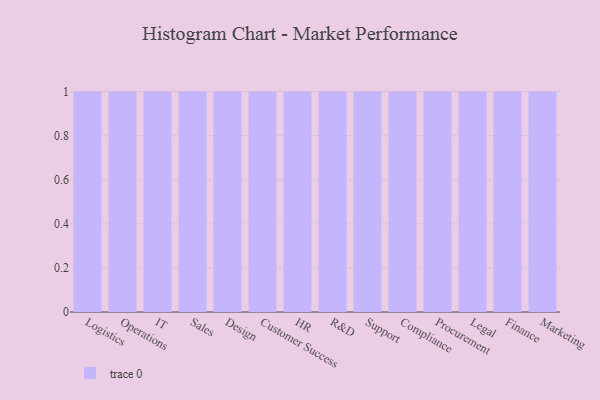
{"axis": {"x": "Department", "y": "LTV (USD)"}, "legend": [""], "data": [{"x": "Logistics", "y": 84, "type": ""}, {"x": "Operations", "y": 2, "type": ""}, {"x": "IT", "y": 71, "type": ""}, {"x": "Sales", "y": 71, "type": ""}, {"x": "Design", "y": 72, "type": ""}, {"x": "Customer Success", "y": 4, "type": ""}, {"x": "HR", "y": 46, "type": ""}, {"x": "R&D", "y": 18, "type": ""}, {"x": "Support", "y": 16, "type": ""}, {"x": "Compliance", "y": 45, "type": ""}, {"x": "Procurement", "y": 20, "type": ""}, {"x": "Legal", "y": 35, "type": ""}, {"x": "Finance", "y": 16, "type": ""}, {"x": "Marketing", "y": 84, "type": ""}]}